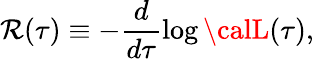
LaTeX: {\cal\mathcal{R}}(\tau)\equiv-\frac{{d}}{{d\tau}}\log{{\calL}(\tau)},